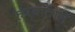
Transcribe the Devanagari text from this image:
रुपयांतील